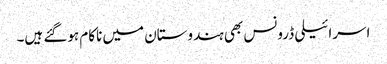
اسرائیلی ڈرونس بھی ہندوستان میں ناکام ہوگئے ہیں۔